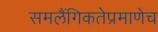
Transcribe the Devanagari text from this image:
समलैंगिकतेप्रमाणेच